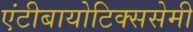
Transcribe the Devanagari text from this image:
एंटीबायोटिक्ससेमी